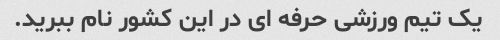
یک تیم ورزشی حرفه ای در این کشور نام ببرید.